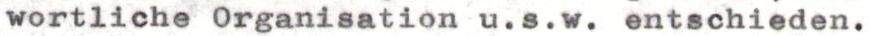
wortliche Organisation u.s.w. entschieden.